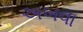
અબવા